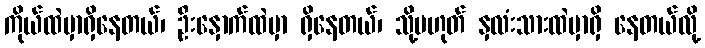
ကိုယ်ထဲမှာရှိနေတယ်၊ ဦးနှောက်ထဲမှာ ရှိနေတယ်၊ သို့မဟုတ် နှလံးသားထဲမှာရှိ နေတယ်လို့